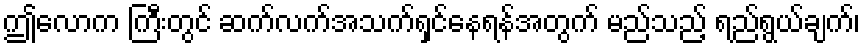
ဤလောက ကြီးတွင် ဆက်လက်အသက်ရှင်နေရန်အတွက် မည်သည့် ရည်ရွယ်ချက်၊